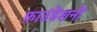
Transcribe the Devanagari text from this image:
फ़ाउंडेशनों